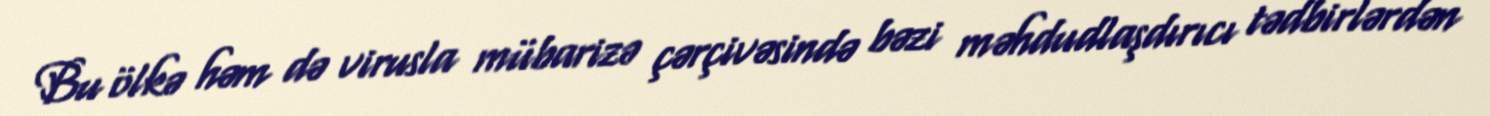
Bu ölkə həm də virusla mübarizə çərçivəsində bəzi məhdudlaşdırıcı tədbirlərdən